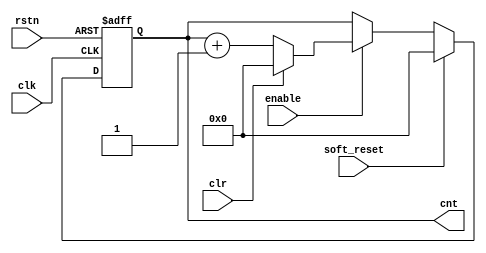
// ==================================================================
//                (C) COPYRIGHT Belling Co., Lmt.
//                      ALL RIGHTS RESERVED
// ==================================================================
//  File Initiation   :  2020-2-25
// ==================================================================


module MDIO_counter 
# (
    parameter   CNT_WIDTH=4
)
(
    input   wire                        clk,
    input   wire                        rstn,
    input   wire                        soft_reset,
    input   wire                        enable,
    input   wire                        clr,  // only clear when enabled
    output  reg     [CNT_WIDTH-1:0]     cnt
);

always @(posedge clk or negedge rstn) begin
    if (~rstn) begin
        cnt <= 'b0;
    end
    else if (soft_reset) begin
        cnt <= 'b0;
    end
    else if (enable) begin
        if (clr) begin
            cnt <= 'b0;
        end
        else begin
            cnt <= cnt +1;
        end
    end
end

endmodule